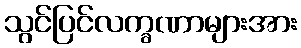
သွင်ပြင်လက္ခဏာများအား